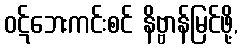
ဝဋ်ဘေးကင်းစင် နိဗ္ဗာန်မြင်ဖို့,